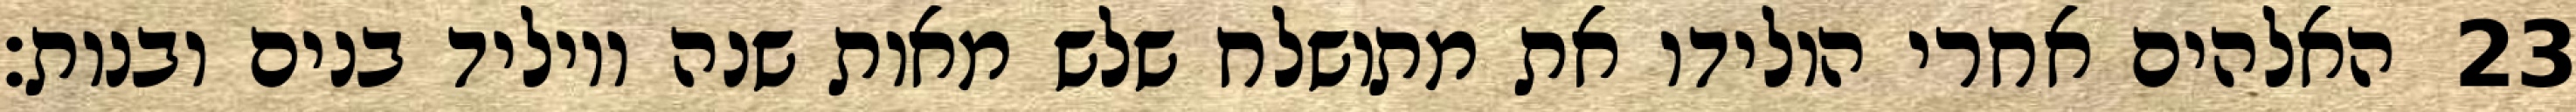
האלהים אחרי הולידו את מתושלח שלש מאות שנה ויוליד בנים ובנות׃ ‎23‏